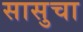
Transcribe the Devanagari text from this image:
सासुचा